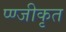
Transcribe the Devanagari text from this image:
प्ण्जीकृत